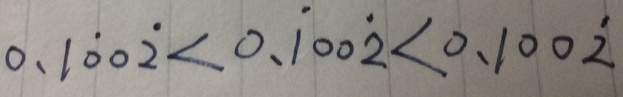
0 . 1 \dot { 0 } 0 \dot { 2 } < 0 . \dot { 1 } 0 0 \dot { 2 } < 0 . 1 0 0 \dot { 2 }